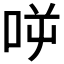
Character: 𠱘